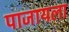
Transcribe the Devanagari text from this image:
पाजायला